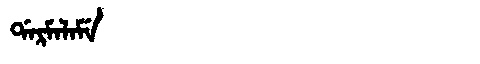
Manchu: ᡩᠠᡵᠮᠠᠯᠠᠮᡝ
Romanization: DARMALAME